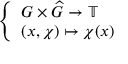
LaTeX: \left\{ \begin{array} { l l } { G \times { \widehat { G } } \to \mathbb { T } } \\ { ( x , \chi ) \mapsto \chi ( x ) } \end{array} \right.